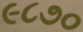
૯૮૭૦